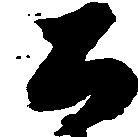
公